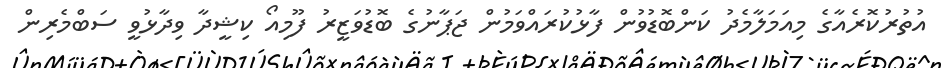
އުތުރުކޮރެއާގެ މިއަމަލާމެދު ކަންބޮޑުވުން ފާޅުކުރައްވަމުން ޖަޕާނުގެ ބޮޑުވަޒީރު ފޫމިއޯ ކިޝީދާ ވިދާޅުވީ ސަބްމެރިން